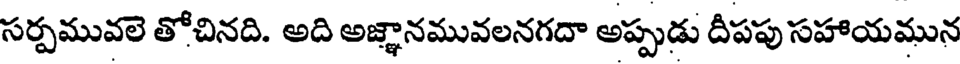
సర్పమువలె తోచినది. అది అజ్ఞానమువలనగదా అప్పుడు దీపపు సహాయమున